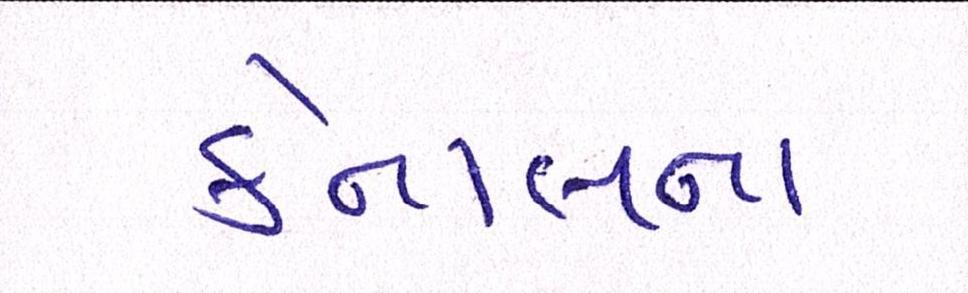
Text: કેનાલના